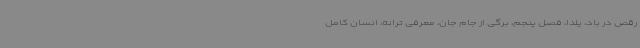
رقص در باد، یلدا، فصل پنجم، برگی از جام جان، معرفی ترانه، انسان کامل